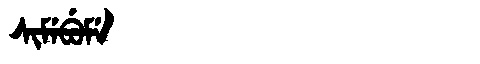
Manchu: ᠰᡳᠮᡝᠪᡠᠮᡝ
Romanization: SIMEBUME